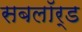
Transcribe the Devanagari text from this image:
सबलॉर्ड